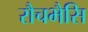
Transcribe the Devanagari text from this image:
रौचभैसि